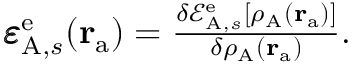
\begin{array} { r } { \pmb { \varepsilon } _ { \mathrm { A } , s } ^ { \mathrm { e } } ( \mathbf { r } _ { \mathrm { a } } ) = \frac { \delta \mathcal { E } _ { \mathrm { A } , s } ^ { \mathrm { e } } [ \rho _ { \mathrm { A } } ( \mathbf { r } _ { \mathrm { a } } ) ] } { \delta \rho _ { \mathrm { A } } ( \mathbf { r } _ { \mathrm { a } } ) } . } \end{array}